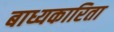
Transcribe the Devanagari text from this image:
बाध्यकारिता